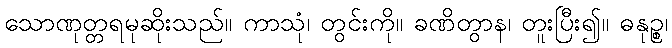
သောဏုတ္တရမုဆိုးသည်။ ကာသုံ၊ တွင်းကို။ ခဏိတွာန၊ တူးပြီး၍။ ဓနုဉ္စ၊